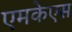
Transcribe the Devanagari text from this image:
एमकेएस